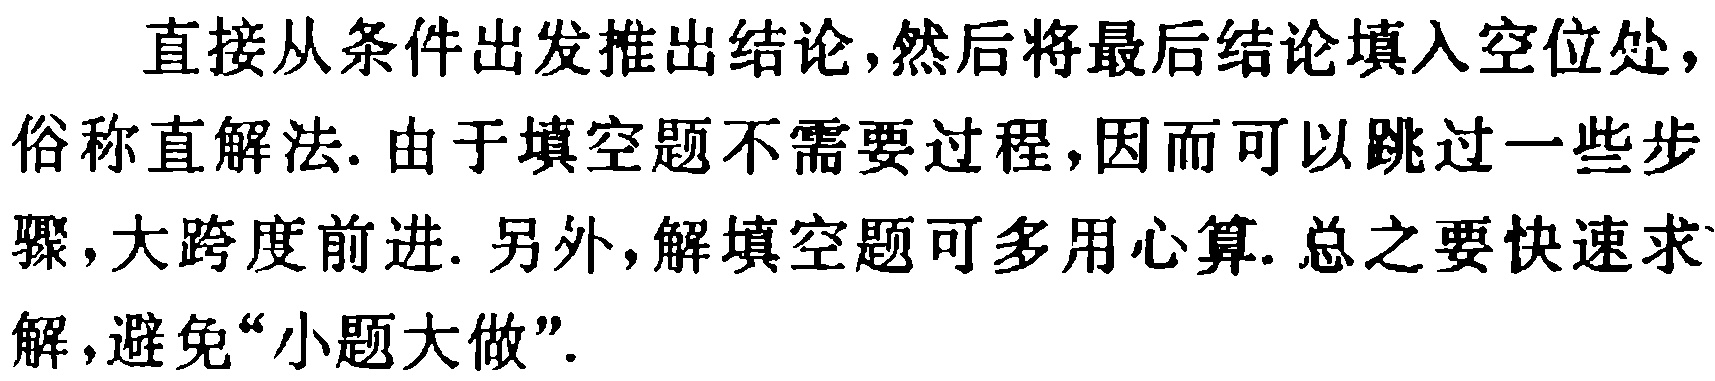
直接从条件出发推出结论,然后将最后结论填入空位处,俗称直解法. 由于填空题不需要过程,因而可以跳过一些步骤,大跨度前进. 另外,解填空题可多用心算. 总之要快速求解,避免“小题大做”.